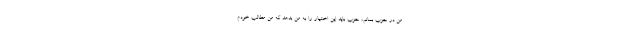
من در حزب بمانم، حزب باید این اختیار را به من بدهد که من مطالب خودم